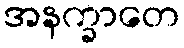
အနက္ခာတေ